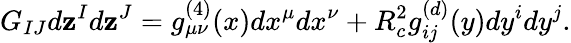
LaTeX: G_{IJ}d\mathbf{z}^{I}d\mathbf{z}^{J}=g_{\mu\nu}^{(4)}(x)dx^{\mu}dx^{\nu}+R_{c}^{2}g_{ij}^{(d)}(y)dy^{i}dy^{j}.